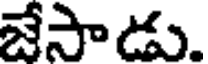
జేసాడు.